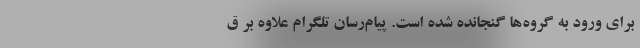
برای ورود به گروه‌ها گنجانده شده است. پیام‌رسان تلگرام علاوه بر ق